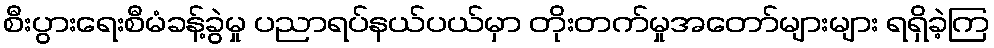
စီးပွားရေးစီမံခန့်ခွဲမှု ပညာရပ်နယ်ပယ်မှာ တိုးတက်မှုအတော်များများ ရရှိခဲ့ကြ